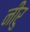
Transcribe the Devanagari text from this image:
नीरु